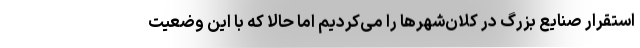
استقرار صنایع بزرگ در کلان‌شهرها را می‌کردیم اما حالا که با این وضعیت